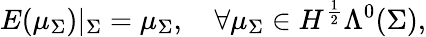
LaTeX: E(\mu_{\Sigma})|_{\Sigma}=\mu_{\Sigma},\quad\forall\mu_{\Sigma}\in H^{\frac{1}{2}}\Lambda^{0}(\Sigma),